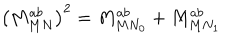
\left( M _ { M N } ^ { a b } \right) ^ { 2 } = M _ { { M N } _ { 0 } } ^ { a b } + M _ { { M N } _ { 1 } } ^ { a b }